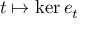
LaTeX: t \mapsto \ker e _ { t }